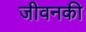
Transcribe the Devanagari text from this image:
जीवनकी